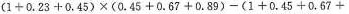
$$( 1 + 0 . 2 3 + 0 . 4 5 ) \times ( 0 . 4 5 + 0 . 6 7 + 0 . 8 9 ) - ( 1 + 0 . 4 5 + 0 . 6 7 +